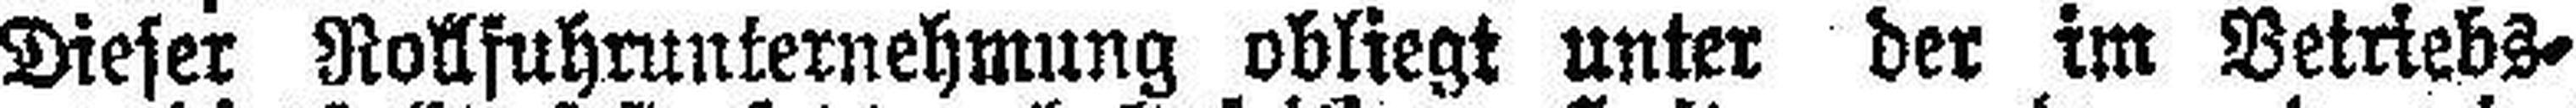
Dieser Rollfuhrunternehmung obliegt unter der im Betriebs¬